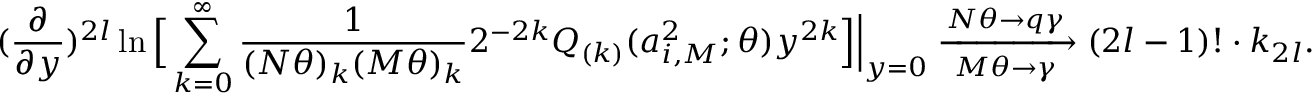
( \frac { \partial } { \partial y } ) ^ { 2 l } \ln \Big [ \sum _ { k = 0 } ^ { \infty } \frac { 1 } { ( N \theta ) _ { k } ( M \theta ) _ { k } } 2 ^ { - 2 k } Q _ { ( k ) } ( a _ { i , M } ^ { 2 } ; \theta ) y ^ { 2 k } \Big ] \Bigr | _ { y = 0 } \xrightarrow [ M \theta \rightarrow \gamma ] { N \theta \rightarrow q \gamma } ( 2 l - 1 ) ! \cdot k _ { 2 l } .